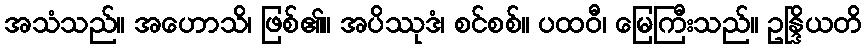
အသံသည်။ အဟောသိ၊ ဖြစ်၏။ အပိဿုဒံ၊ စင်စစ်။ ပထဝီ၊ မြေကြီးသည်။ ဥန္ဒြိယတိ